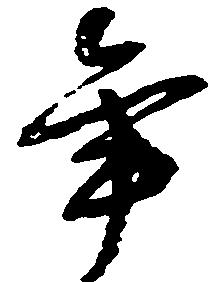
年